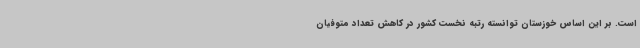
است. بر این اساس خوزستان توانسته رتبه نخست کشور در کاهش تعداد متوفیان